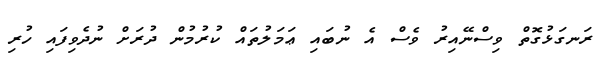
ރަނގަޅުގޮތް ވިސްނޭއިރު ވެސް އެ ނުބައި ޢަމަލުތައް ކުރުމުން ދުރަށް ނުދެވިފައި ހުރި